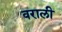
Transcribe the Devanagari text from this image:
वराली